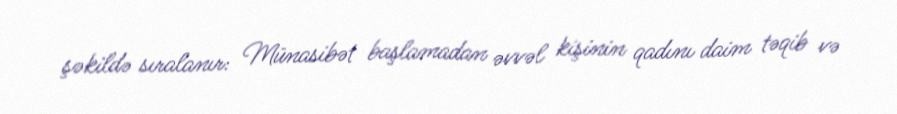
şəkildə sıralanır: Münasibət başlamadan əvvəl kişinin qadını daim təqib və